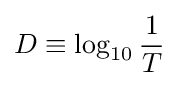
D\equiv \log _{10}{\frac {1}{T}}